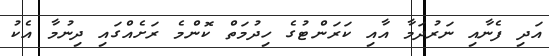
އަދި ފެނާއި ނަރުދަމާ އާއި ކަރަންޓުގެ ހިދުމަތް ކޮންމެ ރަށެއްގައި ދިނުމާ އެކު